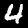
Label: 4